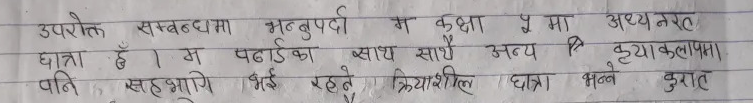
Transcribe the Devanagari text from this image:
उपरोक्त सम्बन्धमा भन्नुपर्दा
छात्रा हूँ। म पढाईका
म कक्षा ५ मा अध्यनरत
साथ साथै अन्य कृयाकलापमा
पनि सहभागि भई रहने क्रियाशील छात्रा भन्ने
कुरात